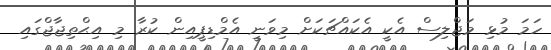
ހަމަ މުޅި މަޖްލިސް އެކީ އެކައްޗަކަށް މިވަނީ އެމްޑިޕީއިން ކުރާ މި އިޙްތިޖާޖްގައި